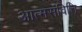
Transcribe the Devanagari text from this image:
आत्मसंवित्ति